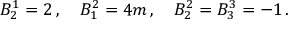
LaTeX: B _ { 2 } ^ { 1 } = 2 \, , \quad B _ { 1 } ^ { 2 } = 4 m \, , \quad B _ { 2 } ^ { 2 } = B _ { 3 } ^ { 3 } = - 1 \, . \nonumber